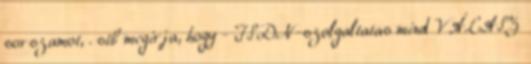
sorszamot, . stb megirja, hogy - ISDN-szolgaltatas mind VÁLASZ